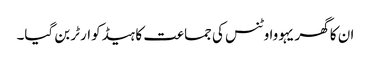
ان کا گھر یہووا وٹنس کی جماعت کا ہیڈکوارٹر بن گیا۔